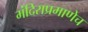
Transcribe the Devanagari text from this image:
मंदिराप्रमाणेच